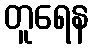
တူရေန